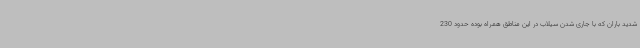
شدید باران که با جاری شدن سیلاب در این مناطق ‌همراه بوده حدود 230